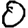
Digit: 0